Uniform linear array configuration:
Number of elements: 4
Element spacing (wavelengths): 0.5
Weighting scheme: exponential
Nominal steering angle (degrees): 0
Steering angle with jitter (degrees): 0.2347
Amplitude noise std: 0.05
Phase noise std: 0.05

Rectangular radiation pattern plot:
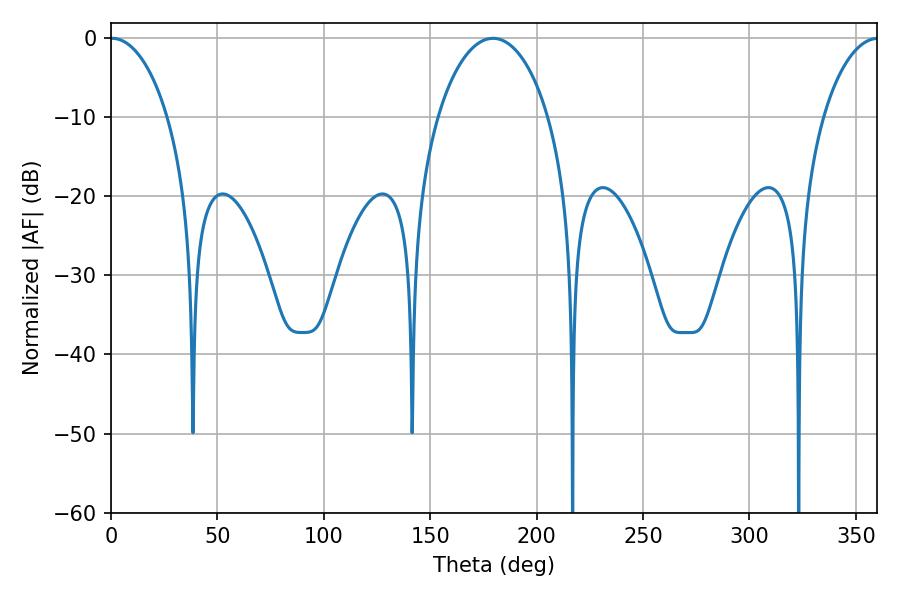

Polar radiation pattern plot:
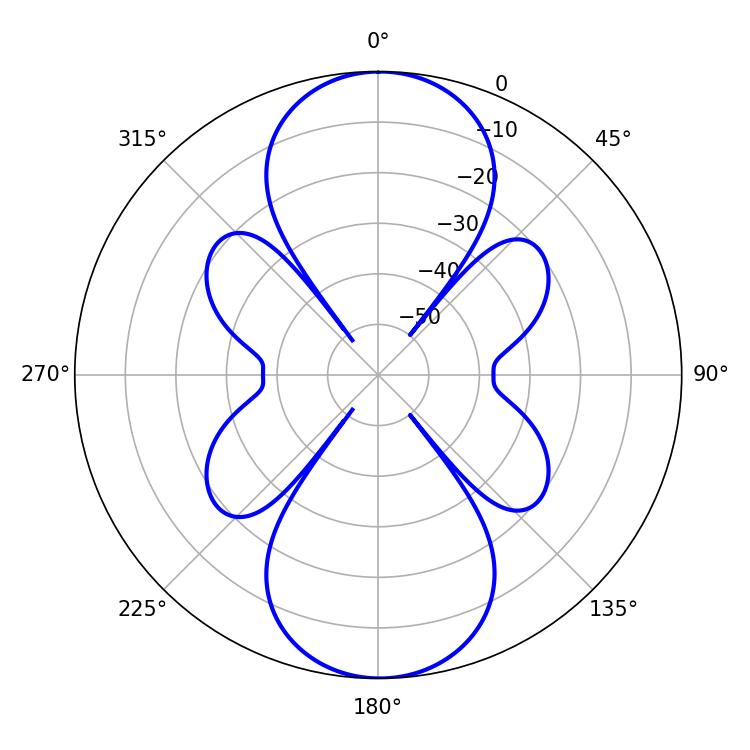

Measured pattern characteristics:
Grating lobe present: FALSE
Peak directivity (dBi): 23.512
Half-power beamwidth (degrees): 15.3
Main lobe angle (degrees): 0.54